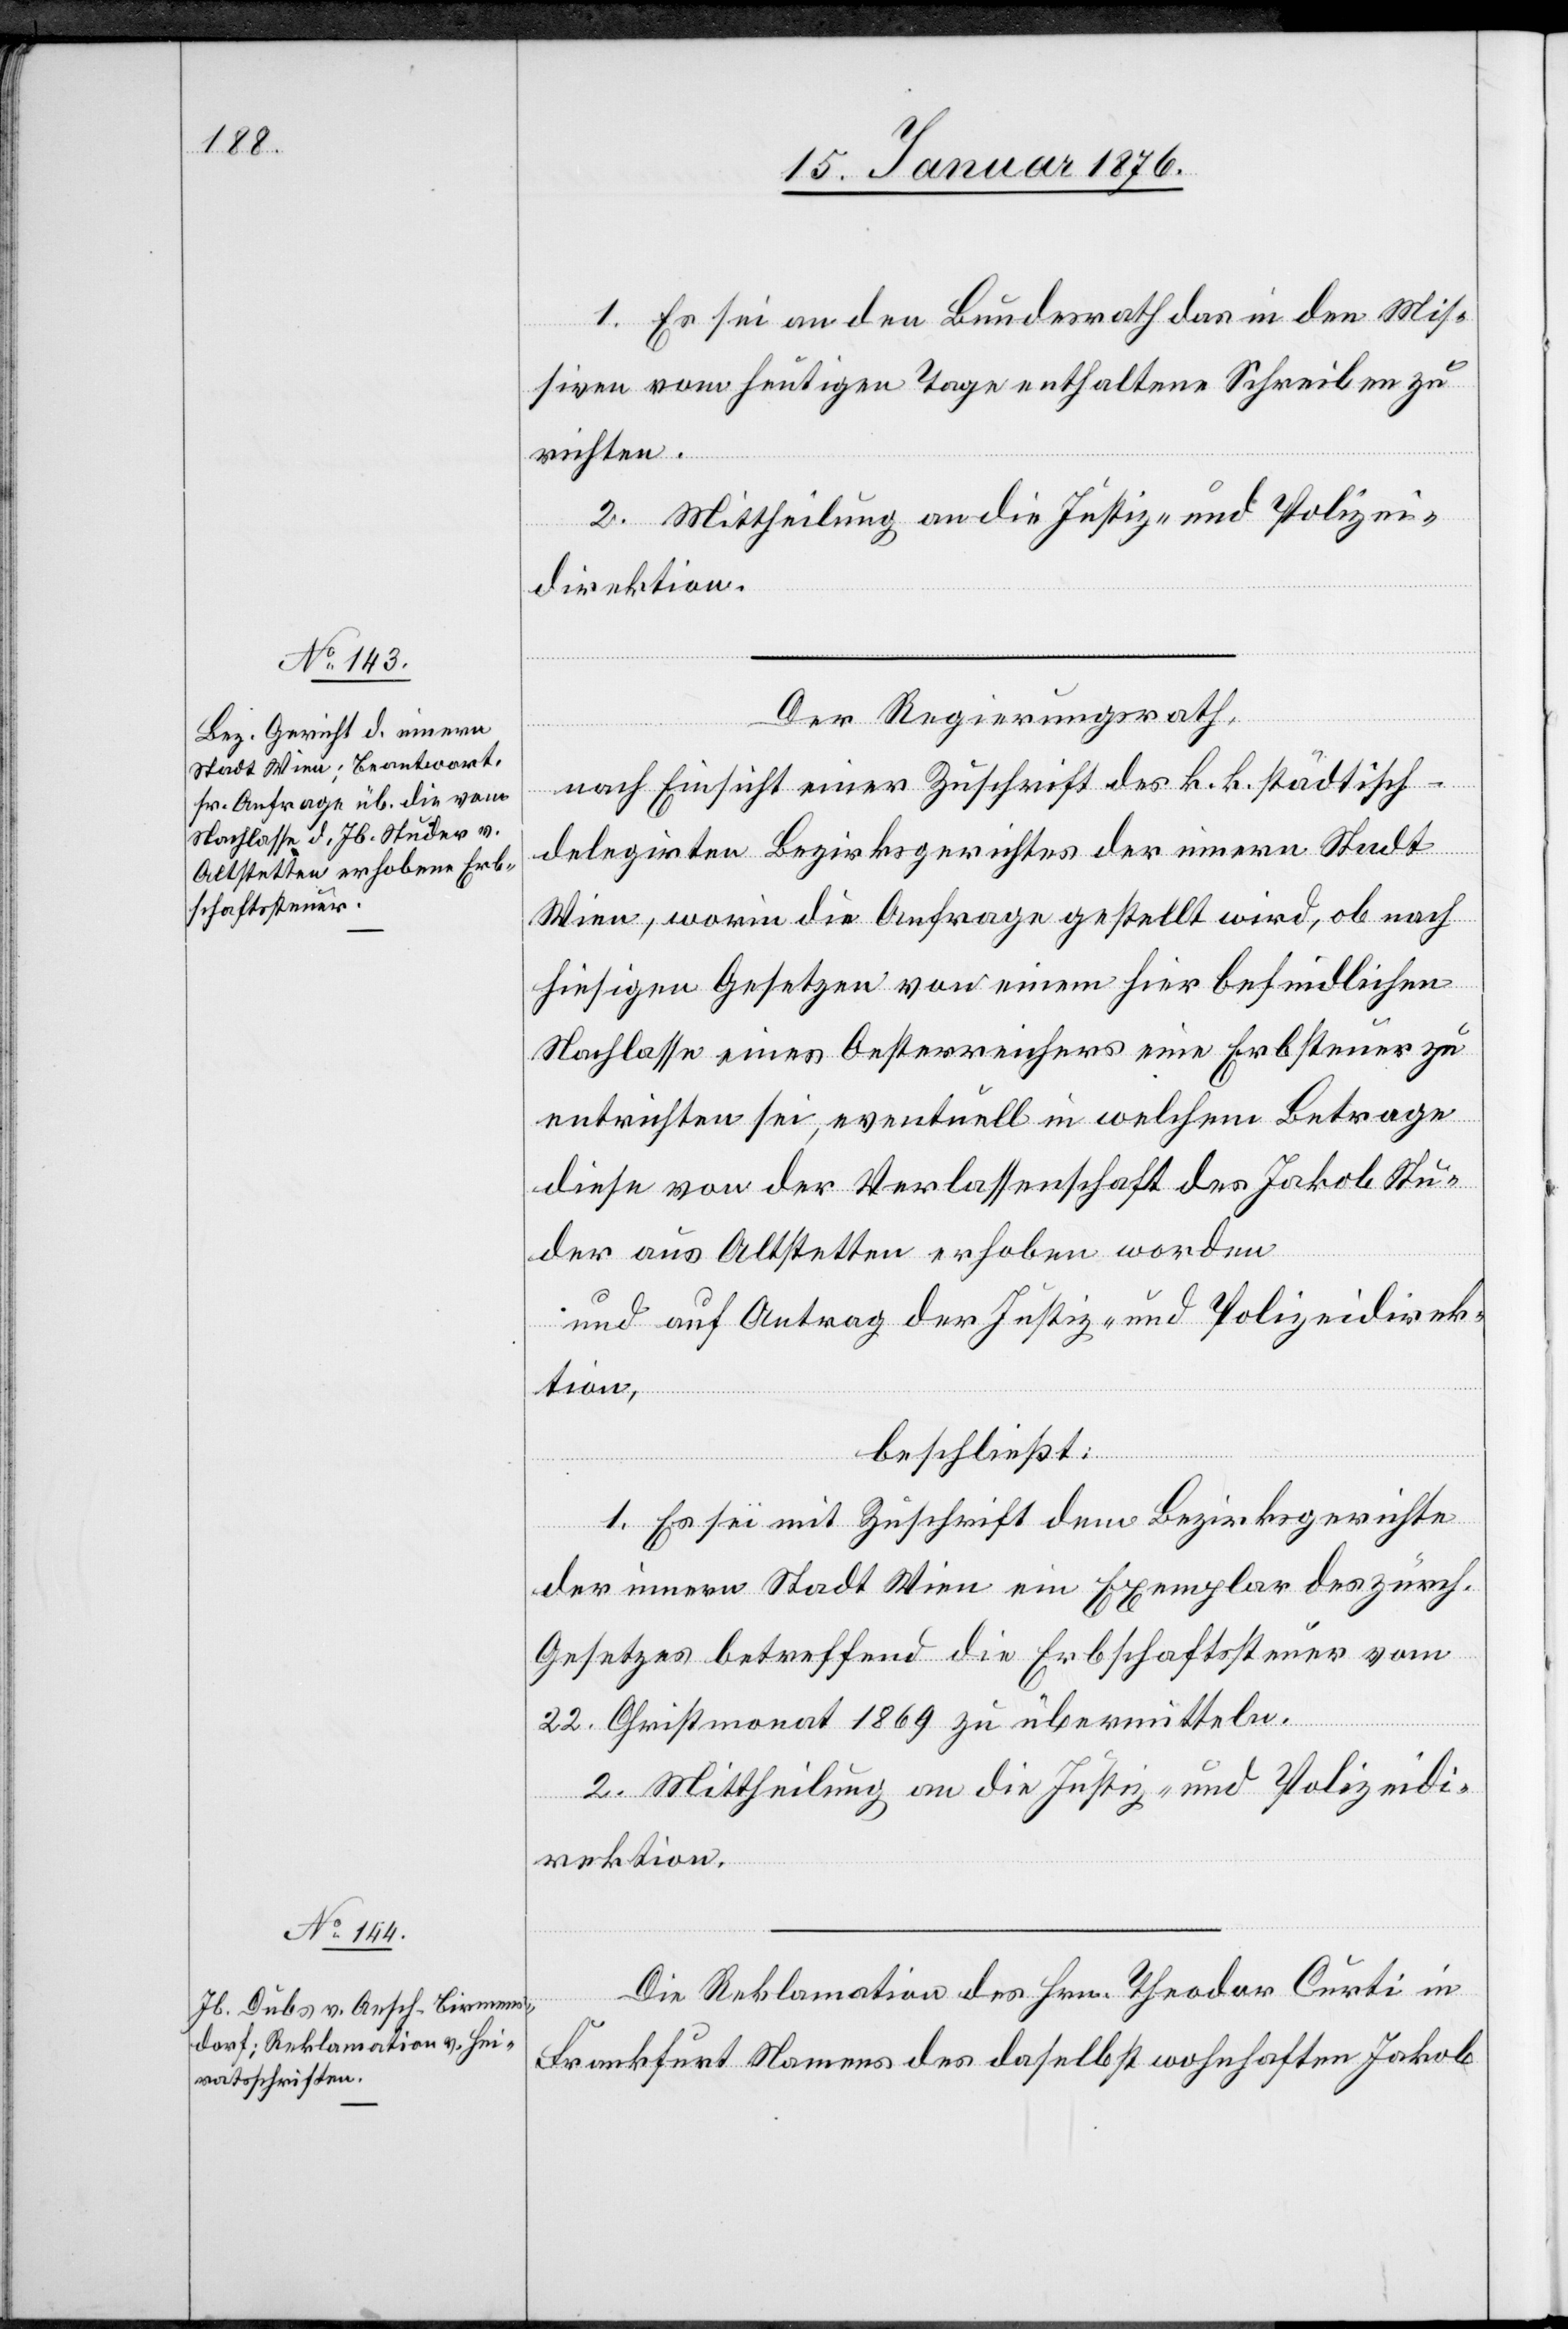
19. Januar 1876.]
1. Es sei an den Bundesrath das in den Mis¬
siven vom heutigen Tage enthaltene Schreiben zu
richten.
2. Mittheilung an die Justiz- und Polizei¬
direktion.
Der Regierungsrath,
nach Einsicht einer Zuschrift der k. k. städtisch-d¬
elegirten Bezirksgerichtes der innern Stadt
Wien, worin die Anfrage gestellt wird, ob nach
hiesigen Gesetzen von einem hier befindlichen
Nachlasse eines Oesterreichers eine Erbsteuer zu
entrichten sei, eventuell in welchem Betrage
diese von der Verlassenschaft des Jakob Stu¬
der aus Altstetten erhoben worden
und auf Antrag der Justiz- und Polizeidirek¬
tion,
beschließt:
1. Es sei mit Zuschrift dem Bezirksgerichte
der innern Stadt Wien ein Exemplar des zürch.
Gesetzes betreffend die Erbschaftssteuer vom
22. Christmonat 1869 zu übermitteln.
2. Mittheilung an die Justiz- und Polizeidi¬
rektion.
Die Reklamation des Hrn. Theodor Curti in
Frankfurt Namens des daselbst wohnhaften Jakob